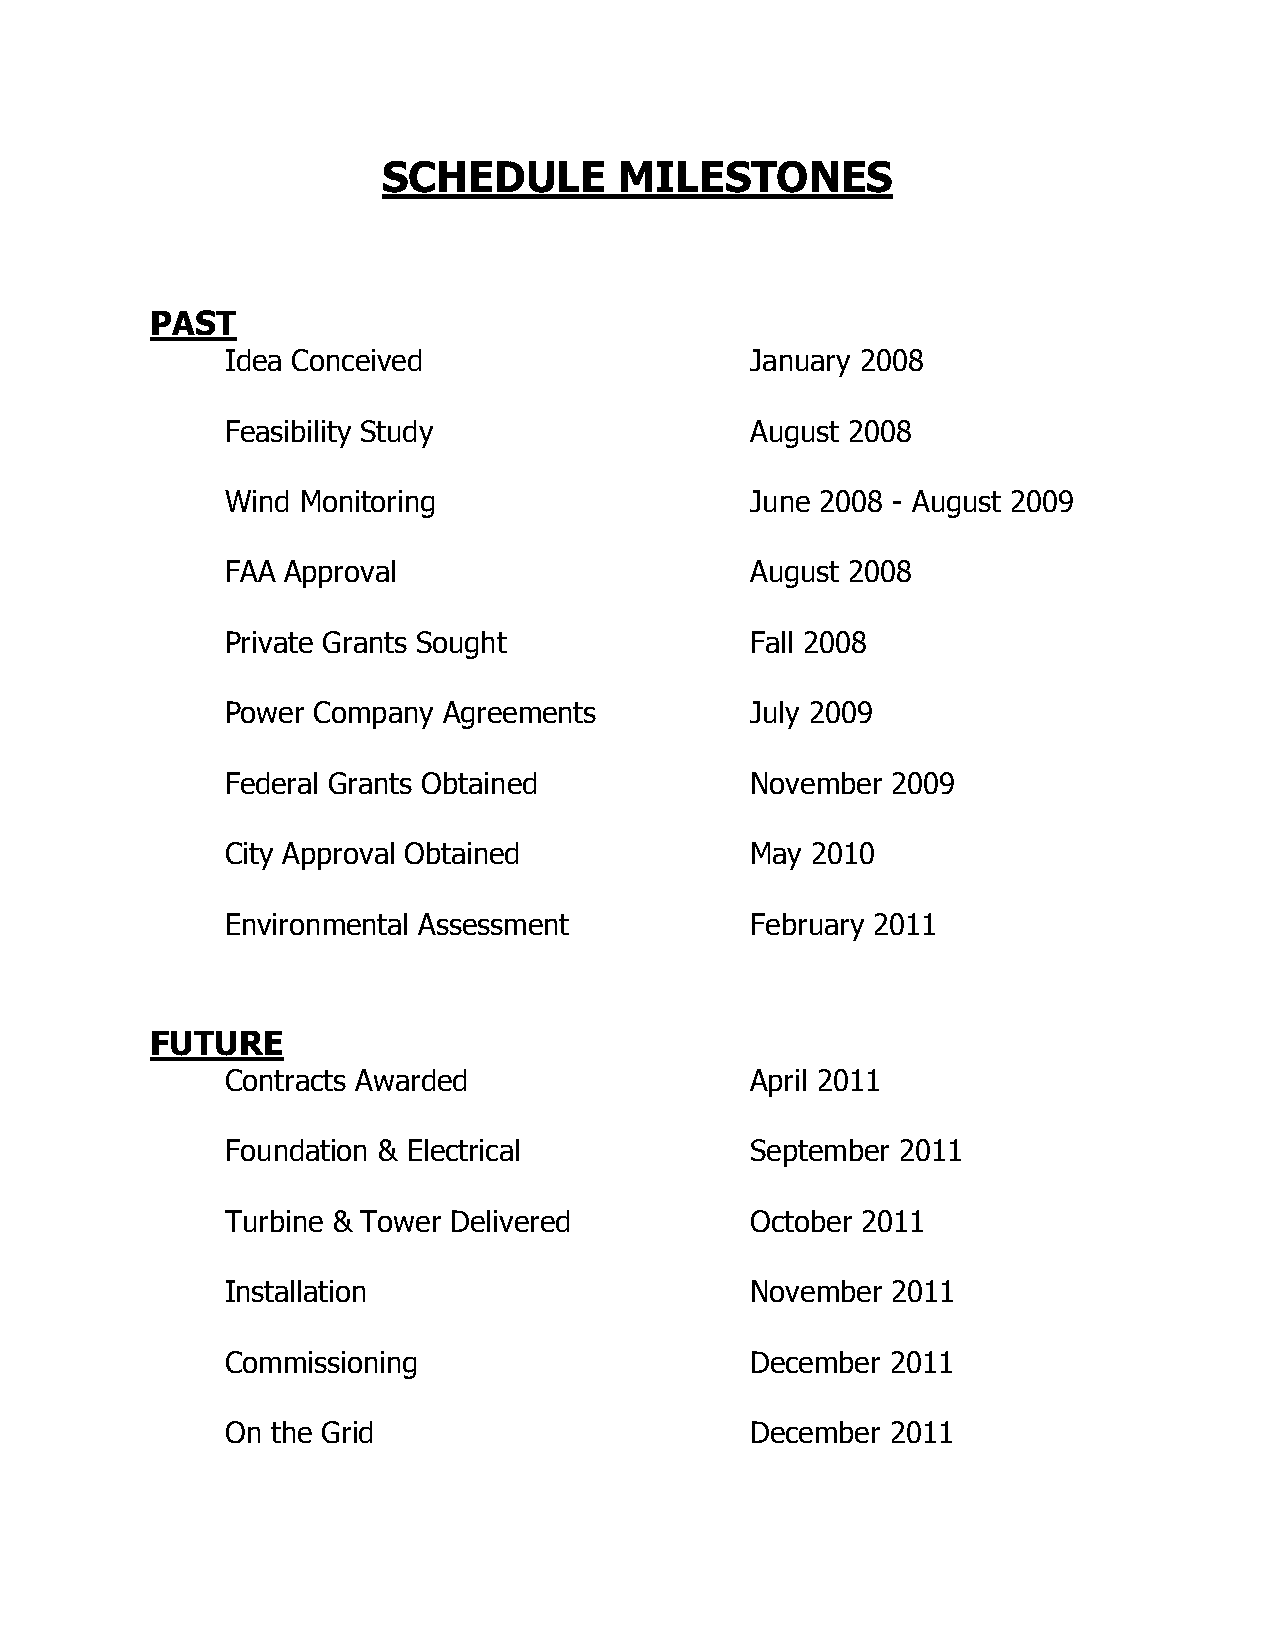
SCHEDULE        MILESTONES
 PAST
 Idea Conceived                     January 2008
 Feasibility Study                  August 2008
 Wind Monitoring                    June 2008 - August 2009
 FAA Approval                       August 2008
 Private Grants Sought              Fall 2008
 Power Company Agreements           July 2009
 Federal Grants Obtained            November 2009
 City Approval Obtained             May 2010
 Environmental Assessment           February 2011
 FUTURE
 Contracts Awarded                  April 2011
 Foundation & Electrical            September 2011
 Turbine & Tower Delivered          October 2011
 Installation                       November 2011
 Commissioning                      December 2011
 On the Grid                        December 2011